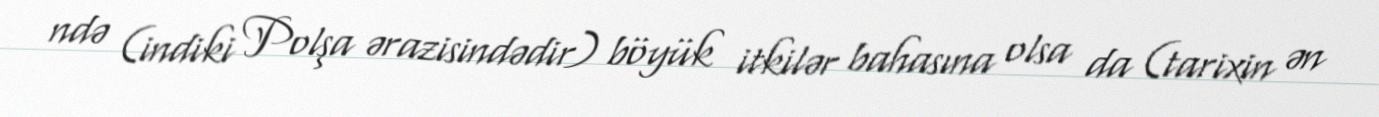
ndə (indiki Polşa ərazisindədir) böyük itkilər bahasına olsa da (tarixin ən